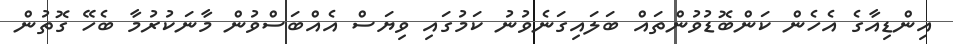
އިންޑިއާގެ އެހެން ކަންބޮޑުވުންތައް ބަލައިގަނެވުނު ކަމުގައި ވިޔަސް އެއްބަސްވުން މާނަކުރުމާ ބެހޭ ގޮތުން